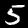
Label: 5